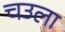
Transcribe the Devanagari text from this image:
चउला